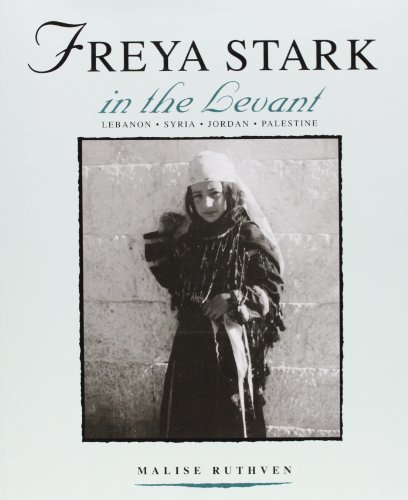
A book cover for Freya Stark in the Levant (The St Antony's College Middle East Archives); Malise Ruthven; History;